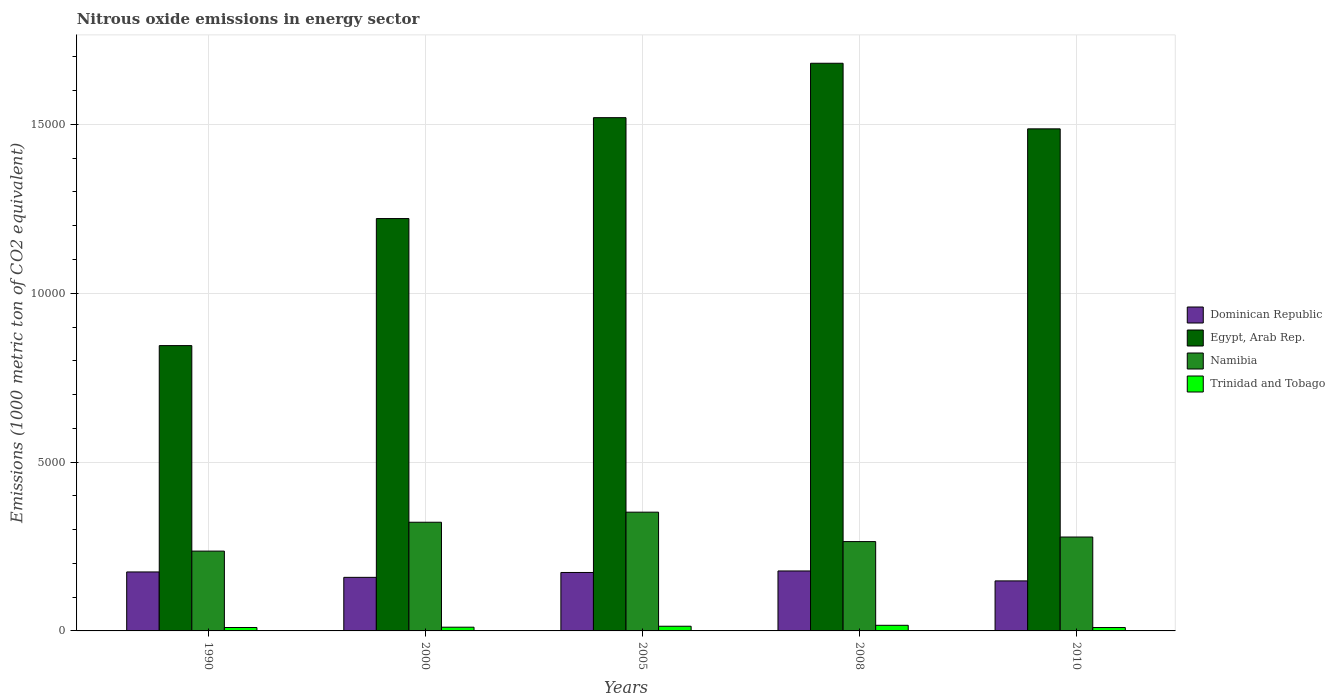
| Years | Dominican Republic | Egypt, Arab Rep. | Namibia | Trinidad and Tobago |
 | --- | --- | --- | --- | --- |
 | 1990 | 1.75e+03 | 8.45e+03 | 2.36e+03 | 101 |
 | 2000 | 1.59e+03 | 1.22e+04 | 3.22e+03 | 110 |
 | 2005 | 1.73e+03 | 1.52e+04 | 3.52e+03 | 139 |
 | 2008 | 1.78e+03 | 1.68e+04 | 2.65e+03 | 166 |
 | 2010 | 1.48e+03 | 1.49e+04 | 2.78e+03 | 100 |